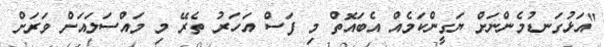
"އަޅުގަނޑުމެންނަަށް ޔަގީންކަމެއް އެބައޮތް މި ފަސް އަހަރު ތެރޭ މި މައްސަލައަށް ވަރަށް